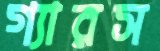
গ্যারস